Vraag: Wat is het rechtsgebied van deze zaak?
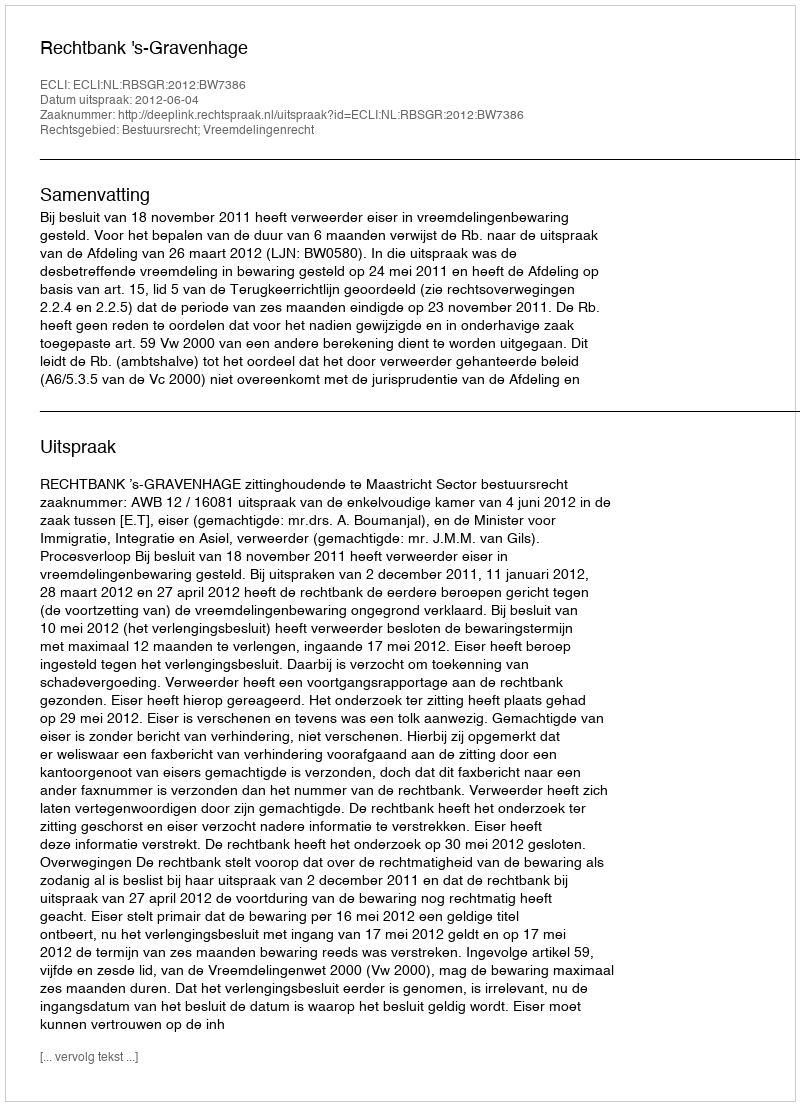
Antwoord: Bestuursrecht; Vreemdelingenrecht